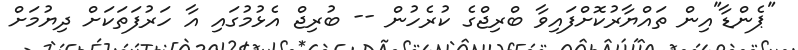
"ޕެންޑާ"އިން ތައްޔާރުކޮށްފައިވާ ބްރިޖްގެ ކުރެހުން -- ބުރިޖް އެޅުމުގައި އާ ހަރުފަތަކަށް ދިޔުމަށް